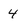
Character: 4